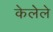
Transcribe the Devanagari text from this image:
केलेेले